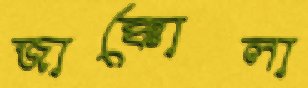
জাক্কোলা